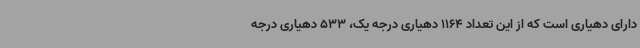
دارای دهیاری است که از این تعداد 1164 دهیاری درجه یک، 533 دهیاری درجه